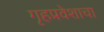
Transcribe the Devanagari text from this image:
गृहप्रवेशाचा